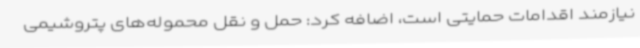
نیازمند اقدامات حمایتی است، اضافه کرد: حمل و نقل محموله‌های پتروشیمی